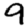
Digit: 9